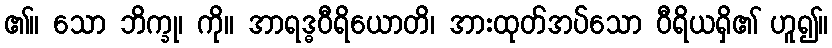
၏။ သော ဘိက္ခု၊ ကို။ အာရဒ္ဓဝီရိယောတိ၊ အားထုတ်အပ်သော ဝီရိယရှိ၏ ဟူ၍။